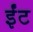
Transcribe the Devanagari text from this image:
र्इंट